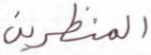
المنظرين